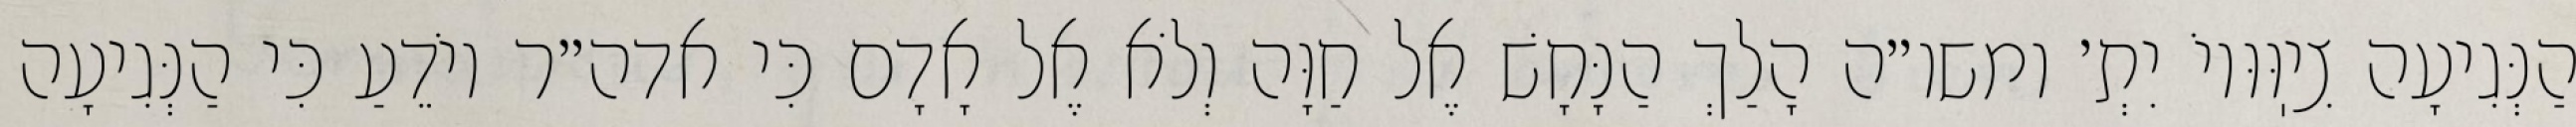
הַנְּגִיעָה צִיֽוּוּיוֹ יִתְ׳ ומשו״ה הָלַךְ הַנָּחָשׁ אֶל חַוָּה וְלֹא אֶל אָדָם כִּי אדה״ר יוֹדֵעַ כִּי הַנְּגִיעָה